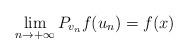
LaTeX: \begin{align*}\lim_{n\rightarrow+\infty}P_{v_n} f(u_n)=f(x)\end{align*}